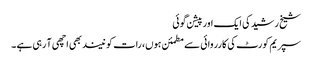
شیخ رشید کی ایک اور پیشن گوئی
سپریم کورٹ کی کارروائی سے مطمئن ہوں، رات کو نیند بھی اچھی آ رہی ہے ۔